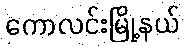
ကောလင်းမြို့နယ်